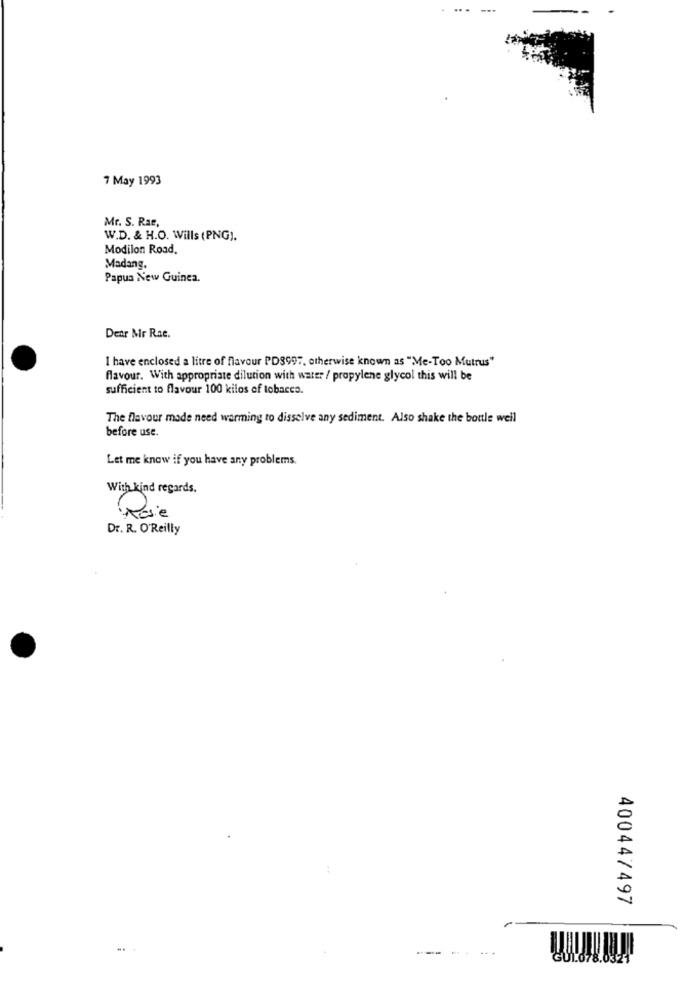
7 May 1993
Mr. S. Rar,
W.D. & H.O. Wills (PNG).
Modilon Road.
Madang.
Papua New Guinea.
Dear Mr Rae.
I have enclosed a litre of flavour PD8997, otherwise known as "Me-Too Mutrus"
flavour. With appropriate dilution with water / propylene glycol this will be
sufficient to flavour 100 kilos of tobacco.
The flavour made need warming to dissolve any sediment. Also shake the bottle well
before use.
Let me know if you have any problems.
With kind regards.
Rose
Dr. R. O'Reilly
400447497